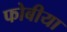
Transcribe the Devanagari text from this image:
फोबीया